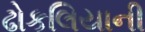
ઢોકલિયાની